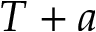
T + a